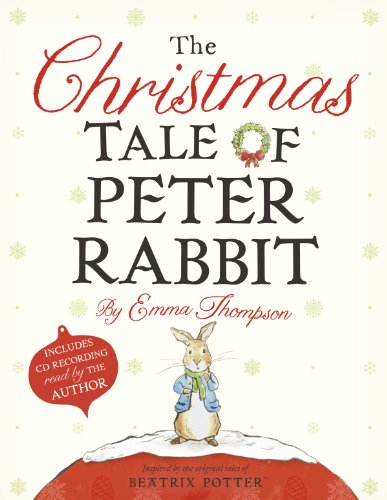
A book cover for The Christmas Tale of Peter Rabbit; Emma Thompson; Children's Books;